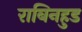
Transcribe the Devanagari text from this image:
राबिनहुड